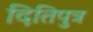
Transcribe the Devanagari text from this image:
दितिपुत्र